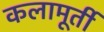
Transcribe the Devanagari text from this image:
कलामूर्ती